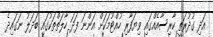
އަދި ގުދުރަތީ ކާރިސާއެއްގައި ވިޔަފާރި ހުއްޓުމަކަށް އަންނަ ފަދަ ހާލަތްތަކުގައި ބަދަލު ނަގައިދެ